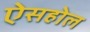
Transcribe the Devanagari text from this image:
ऐसहोल